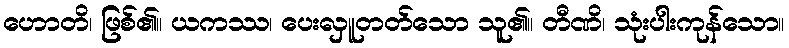
ဟောတိ၊ ဖြစ်၏။ ယကဿ၊ ပေးလှူတတ်သော သူ၏။ တီဏိ၊ သုံးပါးကုန်သော။